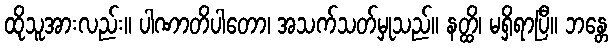
ထိုသူအားလည်း။ ပါဏာတိပါတော၊ အသက်သတ်မှုသည်။ နတ္ထိ၊ မရှိရာပြီ။ ဘန္တေ